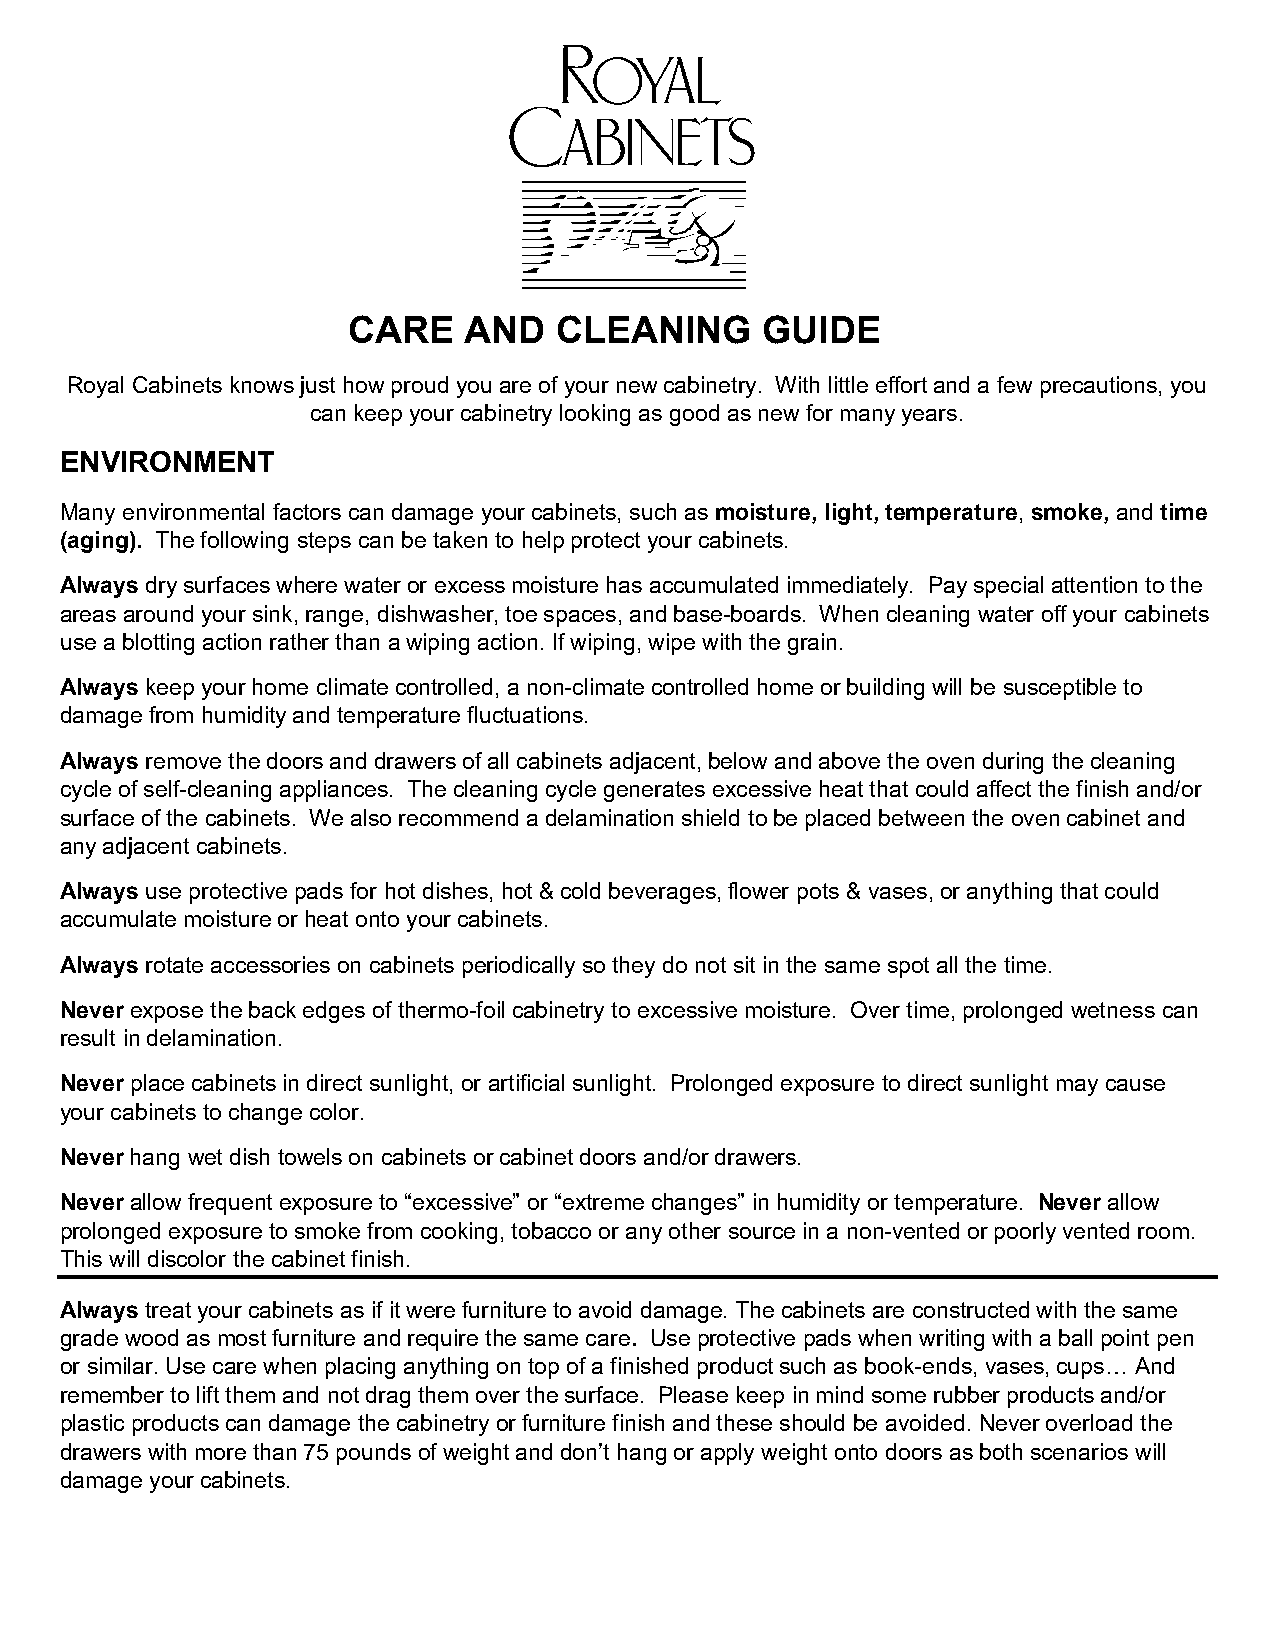
CARE    AND   CLEANING     GUIDE
 Royal Cabinets knows just how proud you are of your new cabinetry. With little effort and a few precautions, you
 can keep your cabinetry looking as good as new for many years.
 ENVIRONMENT
 Many environmental factors can damage your cabinets, such as moisture, light, temperature, smoke, and time
 (aging). The following steps can be taken to help protect your cabinets.
 Always dry surfaces where water or excess moisture has accumulated immediately. Pay special attention to the
 areas around your sink, range, dishwasher, toe spaces, and base-boards. When cleaning water off your cabinets
 use a blotting action rather than a wiping action. If wiping, wipe with the grain.
 Always keep your home climate controlled, a non-climate controlled home or building will be susceptible to
 damage from humidity and temperature fluctuations.
 Always remove the doors and drawers of all cabinets adjacent, below and above the oven during the cleaning
 cycle of self-cleaning appliances. The cleaning cycle generates excessive heat that could affect the finish and/or
 surface of the cabinets. We also recommend a delamination shield to be placed between the oven cabinet and
 any adjacent cabinets.
 Always use protective pads for hot dishes, hot & cold beverages, flower pots & vases, or anything that could
 accumulate moisture or heat onto your cabinets.
 Always rotate accessories on cabinets periodically so they do not sit in the same spot all the time.
 Never expose the back edges of thermo-foil cabinetry to excessive moisture. Over time, prolonged wetness can
 result in delamination.
 Never place cabinets in direct sunlight, or artificial sunlight. Prolonged exposure to direct sunlight may cause
 your cabinets to change color.
 Never hang wet dish towels on cabinets or cabinet doors and/or drawers.
 Never allow frequent exposure to “excessive” or “extreme changes” in humidity or temperature. Never allow
 prolonged exposure to smoke from cooking, tobacco or any other source in a non-vented or poorly vented room.
 This will discolor the cabinet finish.
 Always treat your cabinets as if it were furniture to avoid damage. The cabinets are constructed with the same
 grade wood as most furniture and require the same care. Use protective pads when writing with a ball point pen
 or similar. Use care when placing anything on top of a finished product such as book-ends, vases, cups… And
 remember to lift them and not drag them over the surface. Please keep in mind some rubber products and/or
 plastic products can damage the cabinetry or furniture finish and these should be avoided. Never overload the
 drawers with more than 75 pounds of weight and don’t hang or apply weight onto doors as both scenarios will
 damage your cabinets.